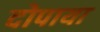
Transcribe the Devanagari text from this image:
दोपाया